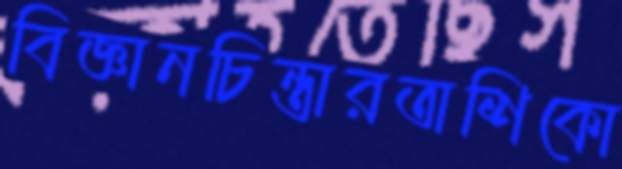
বিজ্ঞানচিন্তারতাশিকো